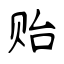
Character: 贻